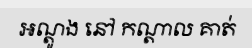
អណ្តូង នៅ កណ្តាល គាត់